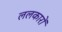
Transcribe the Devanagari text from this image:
ललकारों